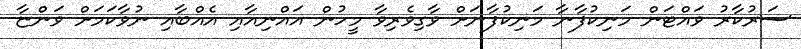
ސަރުކާރު ވައްޓަން މަނިކުފާނާ މަނިކުފާނަށް ވާގިވެރިވާ މީހުން އައްނިއާއި އެއްބާއި ނުވާކަމަށް ވަންޏާ